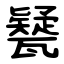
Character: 㽈